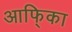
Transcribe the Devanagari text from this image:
आफि्का